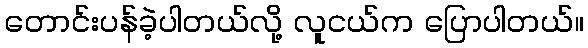
တောင်းပန်ခဲ့ပါတယ်လို့ လူငယ်က ပြောပါတယ်။